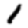
Digit: 1